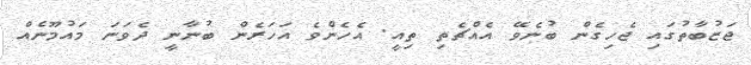
ޖަޒުބާތުގައި ޖެހިގެން ބުނެވޭ އެއްޗެތި ތިއީ. އެެހެންވެ އަހަރެން ބުނާނީ ދެވަނަ މައުމޫނެއް